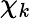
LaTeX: \chi_{k}